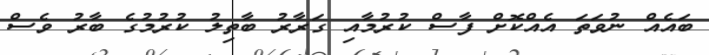
ބައެއް ނުވަތަ އެއްކޮށް ފާސް ކުރުމާއި ގަރާރު ބާތިލު ކުރުމުގެ ބާރު ވެސް